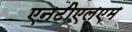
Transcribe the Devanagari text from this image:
एनटीएलएम